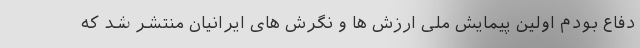
دفاع بودم اولین‌ پیمایش ملی ارزش ها و نگرش های ایرانیان منتشر شد که